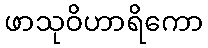
ဖာသုဝိဟာရိကော